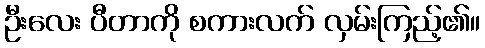
ဦးလေး ပီတာကို စကားလက် လှမ်းကြည့်၏။